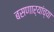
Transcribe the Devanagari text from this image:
बसणार्‍यांच्या